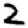
Digit: 2